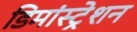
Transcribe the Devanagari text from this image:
डिमांस्ट्रेशन